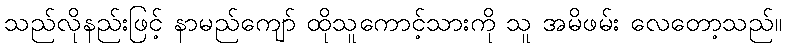
သည်လိုနည်းဖြင့် နာမည်ကျော် ထိုသူကောင့်သားကို သူ အမိဖမ်း လေတော့သည်။